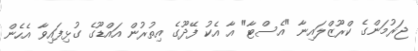
ޖަރުމަންގެ ކްރޫޒްލައިނާ "އެސްޓާ" އާ އެކު ފޭދޫގެ އިތުރުން އައްޑޫގެ ގުޅިފައިވާ އެހެން